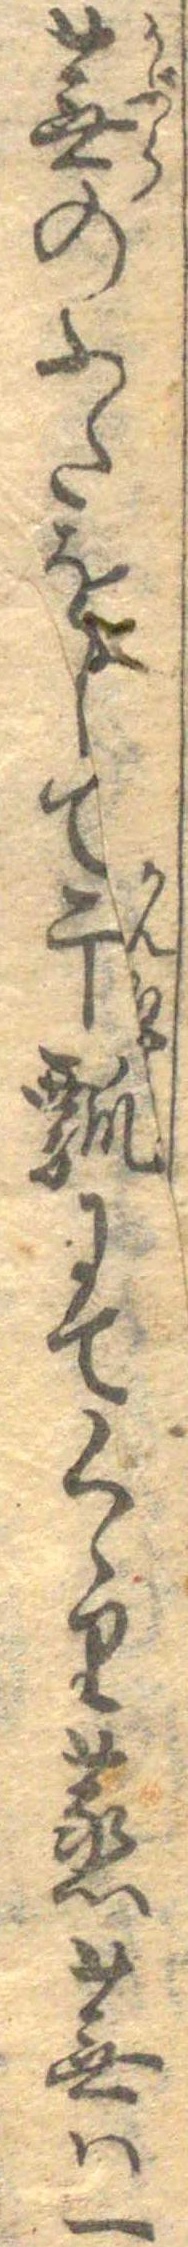
蕪のふたをして干瓢にてくゝり蒸蕪は一